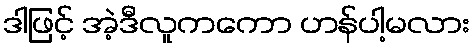
ဒါဖြင့် အဲ့ဒီလူကကော ဟန်ပါ့မလား